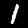
Label: 1